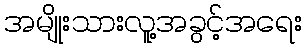
အမျိုးသားလူ့အခွင့်အရေး